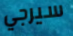
سيرجي